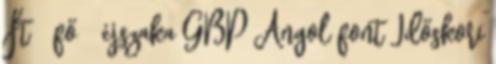
Ft fő éjszaka GBP Angol font Időskori